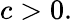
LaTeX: c>0.